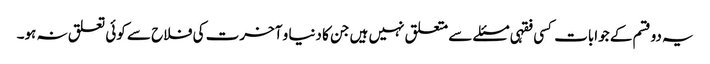
یہ دوقسم کے جوابات کسی فقہی مسئلے سے متعلق نہیں ہیں جن کا دنیا و آخرت کی فلاح سے کوئی تعلق نہ ہو۔